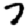
Digit: 7